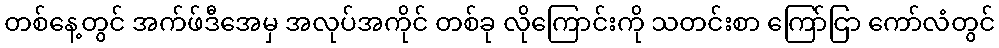
တစ်နေ့တွင် အက်ဖ်ဒီအေမှ အလုပ်အကိုင် တစ်ခု လိုကြောင်းကို သတင်းစာ ကြော်ငြာ ကော်လံတွင်